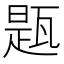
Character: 㼵